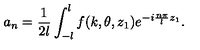
a _ { n } = \frac { 1 } { 2 l } \int _ { - l } ^ { l } f ( k , \theta , z _ { 1 } ) e ^ { - i \frac { n \pi } { l } z _ { 1 } } .